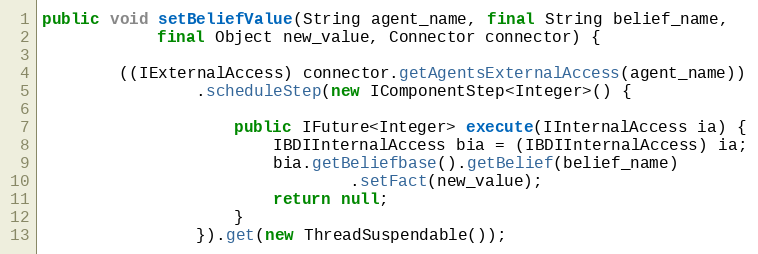
Language: Java
public void setBeliefValue(String agent_name, final String belief_name,
            final Object new_value, Connector connector) {

        ((IExternalAccess) connector.getAgentsExternalAccess(agent_name))
                .scheduleStep(new IComponentStep<Integer>() {

                    public IFuture<Integer> execute(IInternalAccess ia) {
                        IBDIInternalAccess bia = (IBDIInternalAccess) ia;
                        bia.getBeliefbase().getBelief(belief_name)
                                .setFact(new_value);
                        return null;
                    }
                }).get(new ThreadSuspendable());